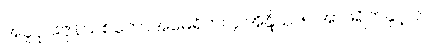
အပူပိုင်းဇုန်သစ်တောအမေရိက၊ ၄ အိန္ဒိယ၊ ၅ အာဖရိကနှင့် ၆